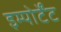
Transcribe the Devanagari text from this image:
इम्पोर्टेंट